Supplement to the account of plague administration in the Bombay Presidency from September 1896 till May 1897
Year: 1896
Disease focus: Plague
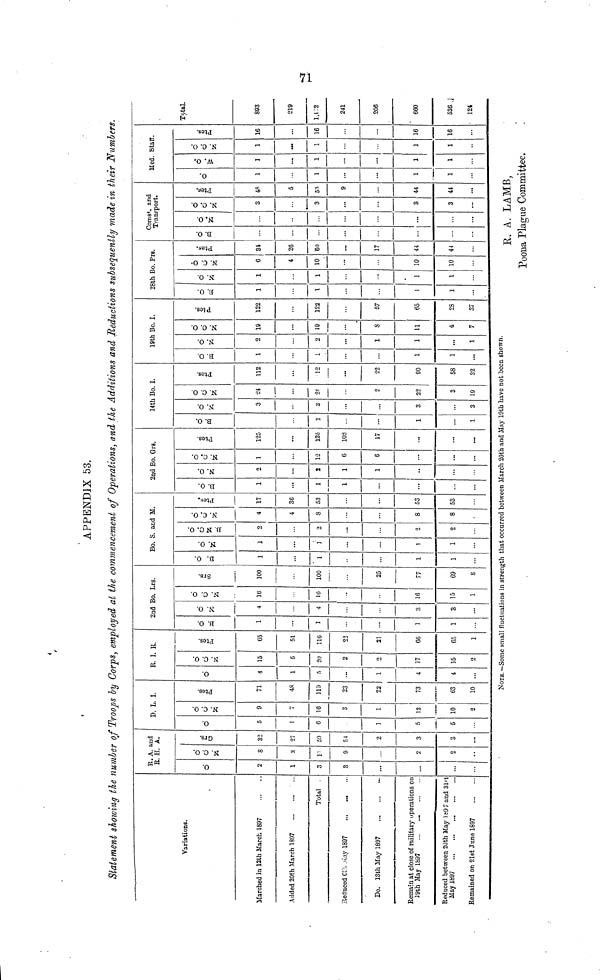
APPENDIX 53.
Statement showing the number of Troops by Corps, employed al the commencement of Operations, and the Additions and Reductions subsequently made in their Numbers.
Variations.
Marched in 12th March 1807
Added 20th March 1897
...
Total .
Reduced Ct - May 1897
So. 13th May 1897
Remain at close of military operations on
19th May 1897
...
...
Reduced between 20th May 1097 and 31st
May 1897
Remained on 21st June 1897
R. A. and
R. H. A.
O
2
1
3
8
...
o
d
8
s
1
9
2
2
2
o
82
27
59
54
2
3
3
D. L. I.
O
5
1
6
]
5
5
6
c
9
16
8
1
12
10
2
71
48
119
23
22
73
63
10
R. I. R.
O
4
1
5
...
1
4
4
...
d
d
15
5
20
2
2
17
15
2
3
£
65
51
116
22
21
66
65
1
O
1
...
1
...
1
1
...
2nd Bo. Lrs.
d
4
4
...
3
3
•••
O
O
16
1«
16
15
03
100
100
25
77
69
8
Bo. S. and M.
d
H
1
1
1
1
O
N
1
1
1
1
d
o
fe
«
2
2
2
2
o.
c.
4
\
8
8
8
Pto.
a,
17
36
53
53
53
2nd Bo. Grs.
d
1
1
1
...
d
2
2
1
1
••
d
d
1
12
6
6
...
...
1
125
125
103
17
...
...
14th Bo. I.
d
n
1
...
1
1
d
3
S
...
S
3
d
d
¿4
2
22
3
19
*
112
12
22
90
58
32
19th Bo. I.
d
B.
1
1
...
1
1
...
d
2
2
1
1
...
1
d
d
19
19
S
11
4
7
I
P.
122
122
57
65
28
37
28th Bo. Prs.
d
B.
1
1
l
1
...
d
1
1
•
1
1
ô
d
N.
6
4
10
10
10
31
26
60
17
44
44
Comet, and
Transport.
d
B.
...
...
...
d
...
...
d
d
3
3
3
3
•
48
53
9
44
44
Med.
d
1
1
...
1
1
d
1
1
...
1
1
Staff.
c
d
N.
l
•M
1
1
1
16
16
...
16
16
Total.
893
219
l,1:2
241
206
660
536
124
NOTE.—Somc small fluctuations in strength that occurred between March 20th and May 19th have not been shown.
R. A. LAMB,
Poona Plague Committee.